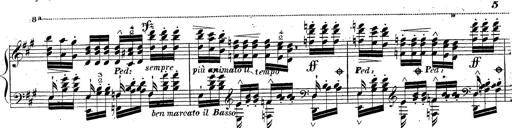
Title: Grande fantaisie sur la tyrolienne de l'opÃ©ra
Composer: Franz Liszt
Key: A major